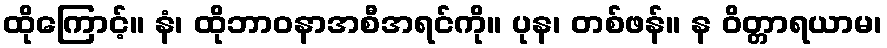
ထိုကြောင့်။ နံ၊ ထိုဘာဝနာအစီအရင်ကို။ ပုန၊ တစ်ဖန်။ န ဝိတ္တာရယာမ၊